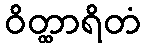
ဝိတ္ထာရိတံ